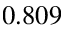
0 . 8 0 9